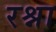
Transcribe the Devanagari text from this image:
रश्ना